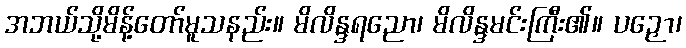
အဘယ်သို့မိန့်တော်မူသနည်း။ မိလိန္ဒရညော၊ မိလိန္ဒမင်းကြီး၏။ ပဉှော၊